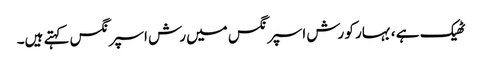
ٹھیک ہے ، بہار کو رش اسپرنگس میں رش اسپرنگس کہتے ہیں۔